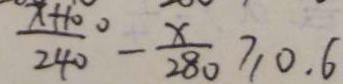
\frac { x + 1 0 0 } { 2 4 0 } - \frac { x } { 2 8 0 } \geq 0 . 6